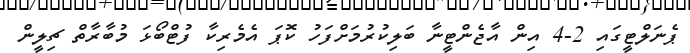
ޕެނަލްޓީގައި 2-4 އިން އާޖެންޓީނާ ބަލިކުރުމަށްފަހު ކޮޕަ އެމެރިކާ ފުޓްބޯޅަ މުބާރާތް ޗިލީން